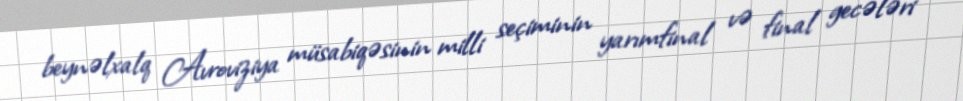
beynəlxalq Avroviziya müsabiqəsinin milli seçiminin yarımfinal və final gecələri